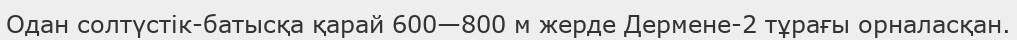
Одан солтүстік-батысқа қарай 600—800 м жерде Дермене-2 тұрағы орналасқан.